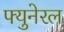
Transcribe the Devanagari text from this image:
फ्युनेरल